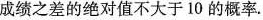
成绩之差的绝对值不大于10的概率。